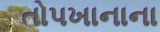
તોપખાનાના